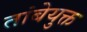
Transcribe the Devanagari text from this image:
तांबेयुक्त